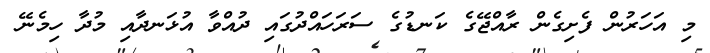
މި އަހަރުން ފެށިގެން ރާއްޖޭގެ ކަނޑުގެ ސަރަހައްދުގައި ދުއްވާ އުޅަނދާއި މުދާ ހިމެނޭ